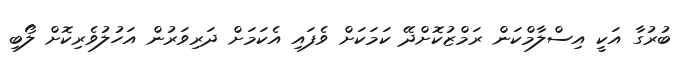
ބުރުގާ އަކީ އިސްލާމްކަން ރަމްޒުކޮށްދޭ ކަމަކަށް ވެފައި އެކަމަށް ދަރިވަރުން އަހުލުވެރިކޮށް ލޯބި